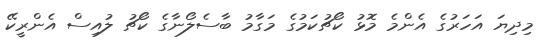
މިދިޔަ އަހަރުގެ އެންމެ މޮޅު ކޯޗުކަމުގެ މަގާމު ބާސެލޯނާގެ ކޯޗު ލުއިސް އެންރީކޭ